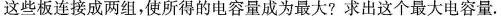
这些板连接成两组，使所得的电容量成为最大?求出这个最大电容量.